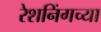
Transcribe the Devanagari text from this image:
रेशनिंगच्या